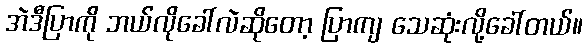
အဲဒီပြာကို ဘယ်လိုခေါ်လဲဆိုတော့ ပြာကျ သေဆုံးလို့ခေါ်တယ်။